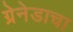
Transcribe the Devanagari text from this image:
ग्रेनेडाचा